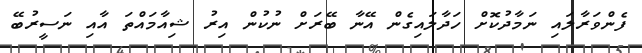
ފެންވަރާލައި ނަމާދުކޮށް ހަދާލައިގެން އޭނާ ބޭރަށް ނުކުން އިރު ޝިއާމައްތަ އާއި ނަސީރުބޭ